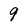
Character: 9